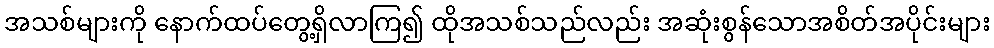
အသစ်များကို နောက်ထပ်တွေ့ရှိလာကြ၍ ထိုအသစ်သည်လည်း အဆုံးစွန်သောအစိတ်အပိုင်းများ